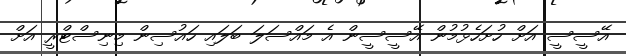
އޭސީސީ އަށް ހުށަހެޅުމުން އޭސީސީން އެ މައްސަލަ ބަލައި ހައުސިން މިނިސްޓްރީ އަށް